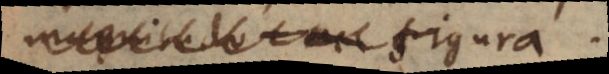
ac figura.